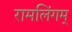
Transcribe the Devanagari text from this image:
रामलिंगम्